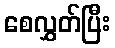
စေလွှတ်ပြီး